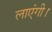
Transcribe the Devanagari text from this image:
लाएंगी।